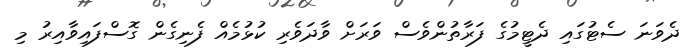
ދެވަނަ ސެޓުގައި ދެޓީމުގެ ފަރާތުންވެސް ވަރަށް ވާދަވެރި ކުޅުމެއް ފެނިގެން ގޮސްފައިވާއިރު މި